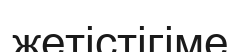
жетістігіме